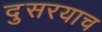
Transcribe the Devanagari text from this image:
दुसरयाच